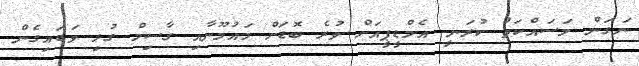
ނަގަން މަސައްކަތް ކުރަނީ އެމްޑީޕީއަށް ވުރެ ބޮޑަށް މައުމޫނާއި ގާސިމް ގުޅި ވަޑައިގެން